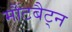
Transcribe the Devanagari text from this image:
मौंटबैट्न